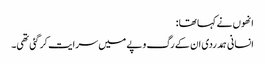
انھوں نے کہا تھا :
انسانی ہمدردی ان کے رگ و پے میں سرایت کر گئی تھی۔